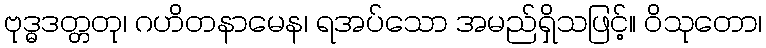
ဗုဒ္ဓဒတ္တတု၊ ဂဟိတနာမေန၊ ရအပ်သော အမည်ရှိသဖြင့်။ ဝိသုတော၊